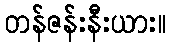
တန်ဇန်းနီးယား။